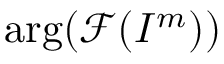
\arg ( \mathcal { F } ( I ^ { m } ) )